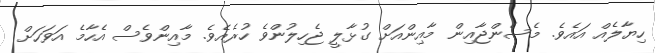
ހިޔާލެއް އައެވެ. މެސެންޖާއިން މާއިންއަށް ގުޅާލީ ޖެހިލުންވެ ހުރެއެވެ. މާއިންވެސް އެހާމެ އަވަހަށް